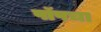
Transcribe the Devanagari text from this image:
पॉपचा